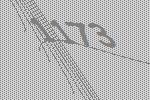
1173